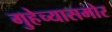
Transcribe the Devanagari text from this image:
गुहेच्यासमोर